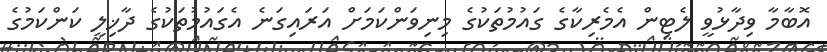
އޮބާމާ ވިދާޅުވީ ލެޓިން އެމެރިކާގެ ގައުމުތަކުގެ މިނިވަންކަމަށް އަރައިގަނެ އެގައުމުތަކުގެ ދާޚިލީ ކަންކަމުގެ